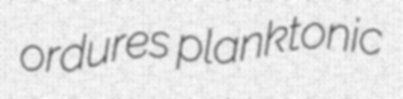
ordures planktonic